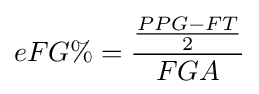
eFG\%={\frac {\frac {PPG-FT}{2}}{FGA}}